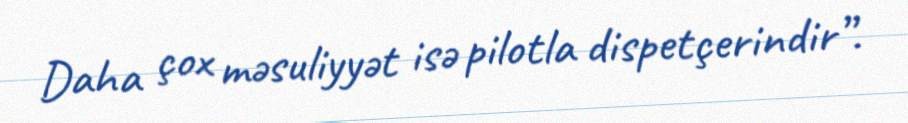
Daha çox məsuliyyət isə pilotla dispetçerindir”.